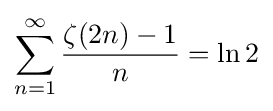
\sum _{n=1}^{\infty }{\frac {\zeta (2n)-1}{n}}=\ln 2